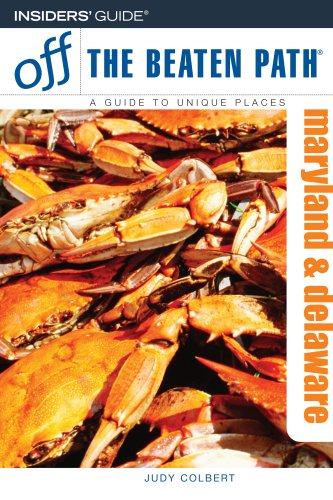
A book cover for Maryland and Delaware Off the Beaten PathÂ®, 8th (Off the Beaten Path Series); Judy Colbert; Travel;